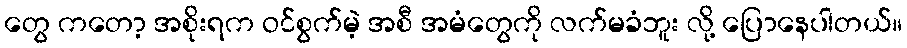
တွေ ကတော့ အစိုးရက ဝင်စွက်မဲ့ အစီ အမံတွေကို လက်မခံဘူး လို့ ပြောနေပါတယ်။